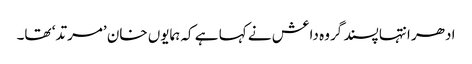
ادھر انتہا پسند گروہ داعش نے کہا ہے کہ ہمایوں خان ’مرتد‘ تھا۔